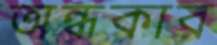
অন্ধকার